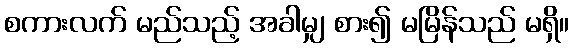
စကားလက် မည်သည့် အခါမျှ စား၍ မမြိန်သည် မရှိ။